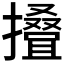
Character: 𢶣